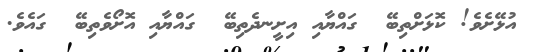
އުޅޭށެވެ! ކޮޅަށްތިބޭ  ގައްޔާއި އިށީނދެތިބޭ  ގައްޔާއި އޮށޯވެތިބޭ  ގައެވެ.